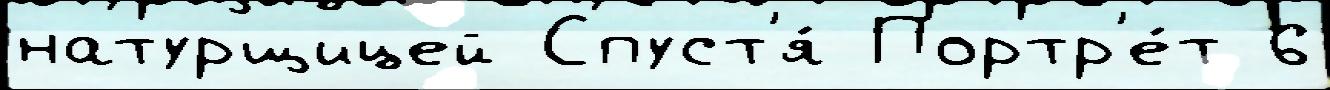
натурщицей Спуст'я́ Портр'е́т 6